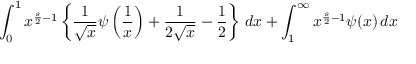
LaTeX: \int _ { 0 } ^ { 1 } x ^ { { \frac { s } { 2 } } - 1 } \left\{ { \frac { 1 } { \sqrt { x } } } \psi \left( { \frac { 1 } { x } } \right) + { \frac { 1 } { 2 { \sqrt { x } } } } - { \frac { 1 } { 2 } } \right\} \, d x + \int _ { 1 } ^ { \infty } x ^ { { \frac { s } { 2 } } - 1 } \psi ( x ) \, d x